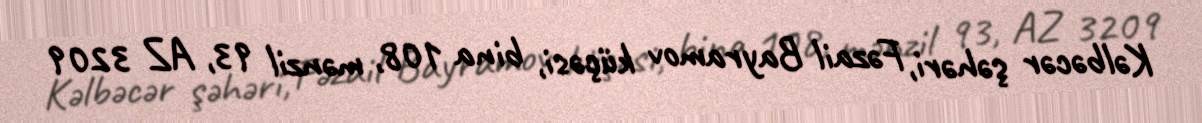
Kəlbəcər şəhəri, Fəzail Bayramov küçəsi, bina 108, mənzil 93, AZ 3209